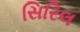
સિરિલ